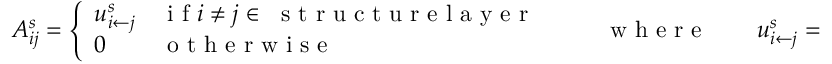
A _ { i j } ^ { s } = \left\{ \begin{array} { l l } { u _ { { i } \leftarrow { j } } ^ { s } } & { \mathrm { ~ i ~ f ~ } i \neq j \in ~ \mathrm { ~ s ~ t ~ r ~ u ~ c ~ t ~ u ~ r ~ e ~ l ~ a ~ y ~ e ~ r ~ } } \\ { 0 } & { \mathrm { ~ o ~ t ~ h ~ e ~ r ~ w ~ i ~ s ~ e ~ } } \end{array} \right. \quad \quad \mathrm { ~ w ~ h ~ e ~ r ~ e ~ } \quad \quad u _ { i \leftarrow j } ^ { s } = \frac { \gamma _ { j } ^ { s } } { 2 \pi \vert \mathbf { r } _ { j } ^ { s } - \mathbf { r } _ { i } ^ { s } \vert } ,